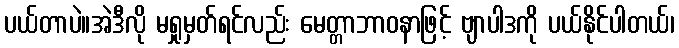
ပယ်တာပဲ။အဲဒီလို မရှုမှတ်ရင်လည်း မေတ္တာဘာဝနာဖြင့် ဗျာပါဒကို ပယ်နိုင်ပါတယ်၊